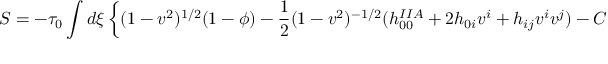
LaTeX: S = - \tau _ { 0 } \int d \xi \left\{ ( 1 - v ^ { 2 } ) ^ { 1 / 2 } ( 1 - \phi ) - { \frac { 1 } { 2 } } ( 1 - v ^ { 2 } ) ^ { - 1 / 2 } ( h _ { 0 0 } ^ { I I A } + 2 h _ { 0 i } v ^ { i } + h _ { i j } v ^ { i } v ^ { j } ) - C _ { 0 } - C _ { i } v ^ { i } \right\}